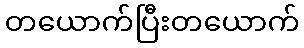
တယောက်ပြီးတယောက်